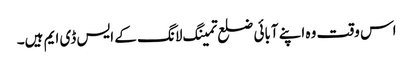
اس وقت وہ اپنے آبائی ضلع تمینگ لانگ کے ایس ڈی ایم ہیں۔